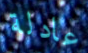
عادلة